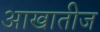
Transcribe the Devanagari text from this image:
आखातीज